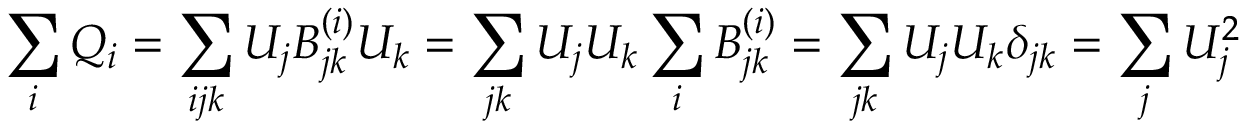
\sum _ { i } Q _ { i } = \sum _ { i j k } U _ { j } B _ { j k } ^ { ( i ) } U _ { k } = \sum _ { j k } U _ { j } U _ { k } \sum _ { i } B _ { j k } ^ { ( i ) } = \sum _ { j k } U _ { j } U _ { k } \delta _ { j k } = \sum _ { j } U _ { j } ^ { 2 }